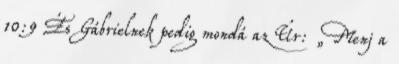
10:9 És Gábrielnek pedig mondá az Úr: „Menj a